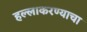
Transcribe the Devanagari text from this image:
हल्लाकरण्याचा